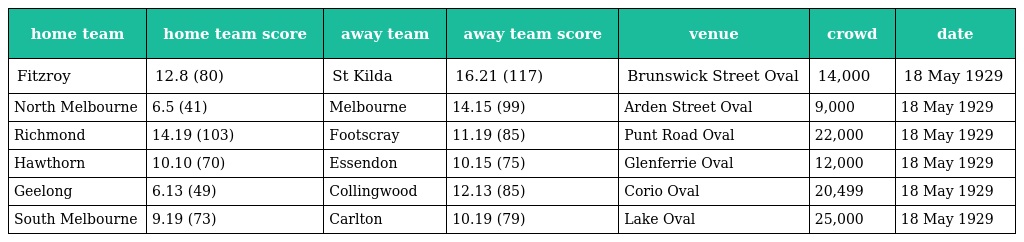
| home team | home team score | away team | away team score | venue | crowd | date |
 | --- | --- | --- | --- | --- | --- | --- |
 | Fitzroy | 12.8 (80) | St Kilda | 16.21 (117) | Brunswick Street Oval | 14,000 | 18 May 1929 |
 | North Melbourne | 6.5 (41) | Melbourne | 14.15 (99) | Arden Street Oval | 9,000 | 18 May 1929 |
 | Richmond | 14.19 (103) | Footscray | 11.19 (85) | Punt Road Oval | 22,000 | 18 May 1929 |
 | Hawthorn | 10.10 (70) | Essendon | 10.15 (75) | Glenferrie Oval | 12,000 | 18 May 1929 |
 | Geelong | 6.13 (49) | Collingwood | 12.13 (85) | Corio Oval | 20,499 | 18 May 1929 |
 | South Melbourne | 9.19 (73) | Carlton | 10.19 (79) | Lake Oval | 25,000 | 18 May 1929 |